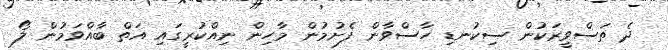
ދެ ތަސްވީރަކުން ސިކުނޑި ހާސްވާން ފެށުމުން މާހިން ނިއްކުރީގައި އަތް ބާއްވަމުން ލޯ